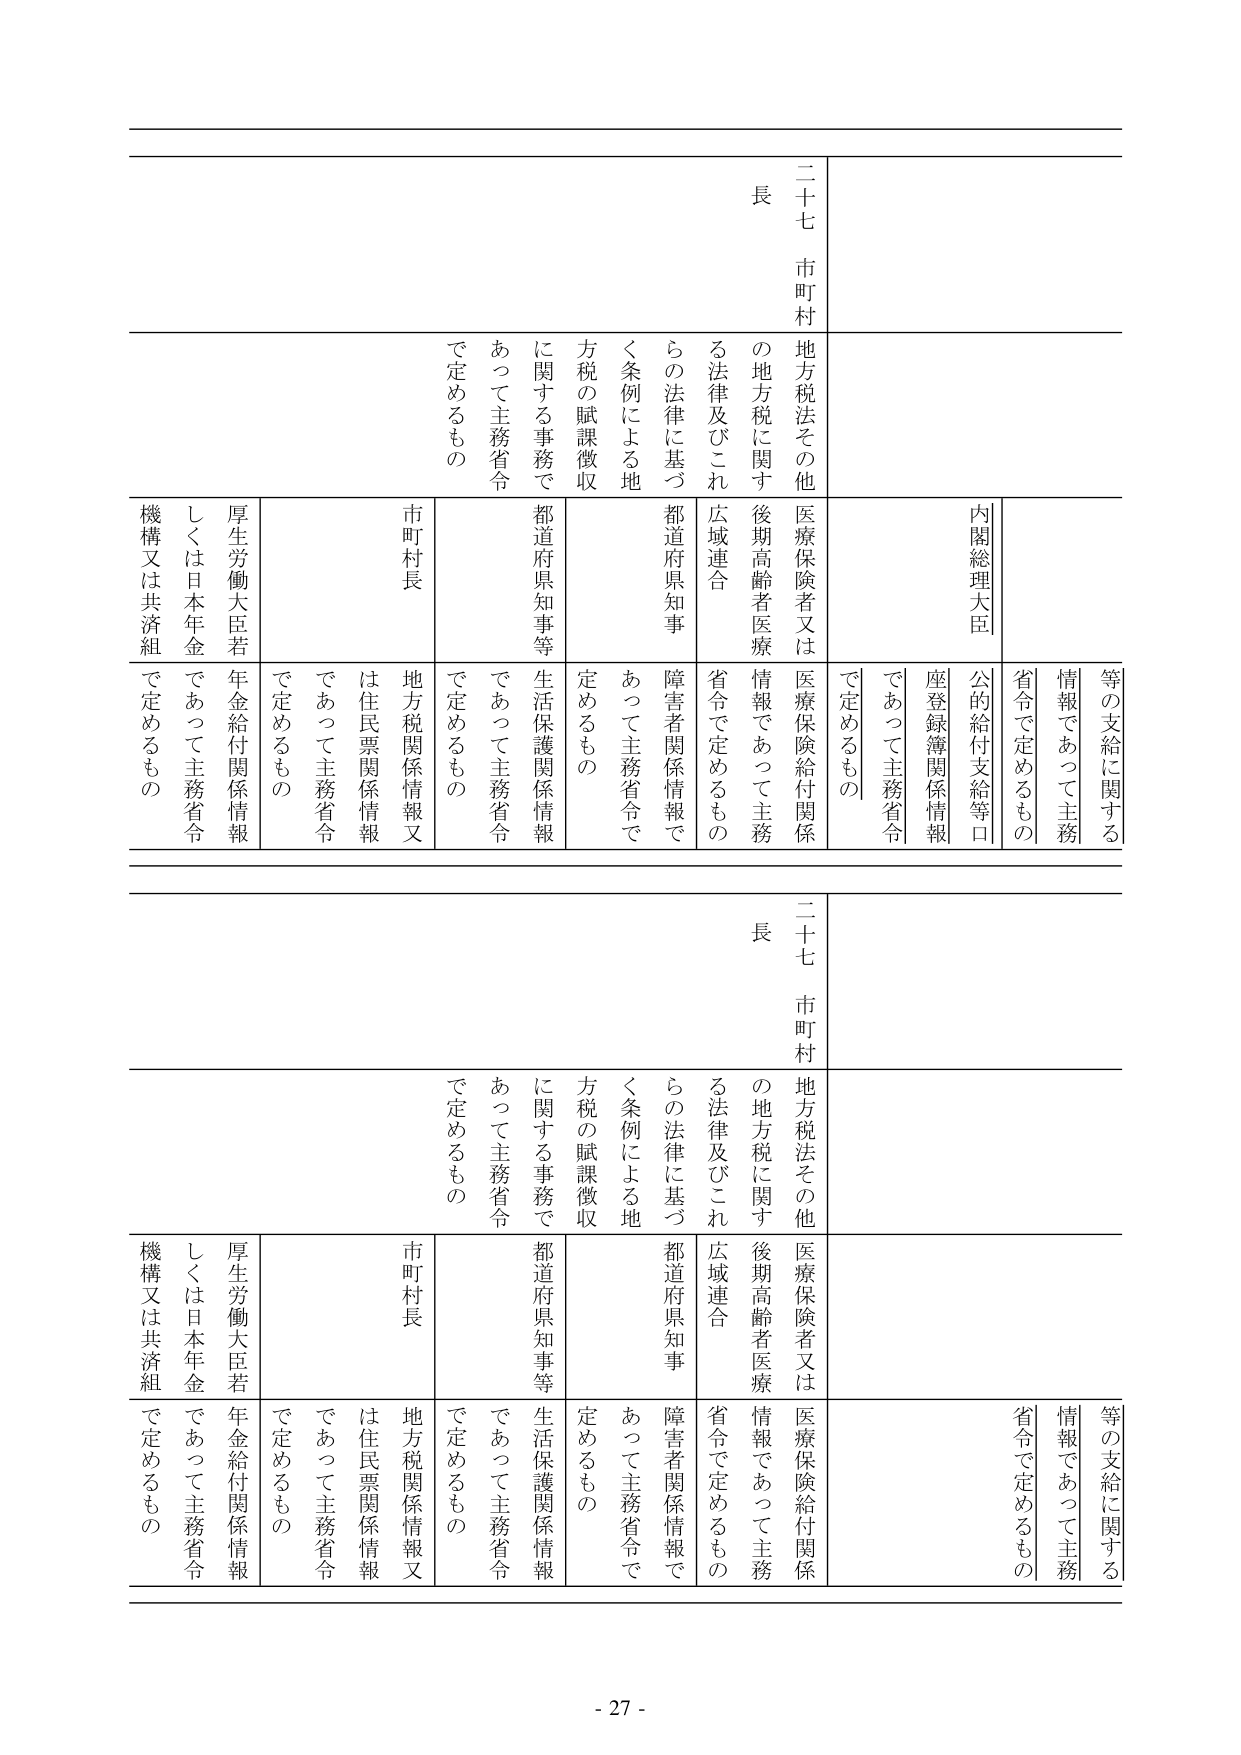
二十七 市町村長
地方税法その他
の地方税に関する法律及びこれらの法律に基づく条例による地方税の賦課徴収に関する事務で
都道府県知事等
あつて主務省令で定めるもの

内閣総理大臣
等の支給に関する情報であつて主務省令で定めるもの
公的給付支給等口座登録簿関係情報であつて主務省令で定めるもの
医療保険者又は後期高齢者医療広域連合
医療保険給付関係情報であつて主務省令で定めるもの
障害者関係情報であつて主務省令で定めるもの
生活保護関係情報であつて主務省令で定めるもの
市町村長
地方税関係情報又は住民票関係情報であつて主務省令で定めるもの
厚生労働大臣若しくは日本年金機構又は共済組
年金給付関係情報であつて主務省令で定めるもの

二十七 市町村長
地方税法その他
の地方税に関する法律及びこれらの法律に基づく条例による地方税の賦課徴収に関する事務で
都道府県知事等
あつて主務省令で定めるもの

内閣総理大臣
等の支給に関する情報であつて主務省令で定めるもの
公的給付支給等口座登録簿関係情報であつて主務省令で定めるもの
医療保険者又は後期高齢者医療広域連合
医療保険給付関係情報であつて主務省令で定めるもの
障害者関係情報であつて主務省令で定めるもの
生活保護関係情報であつて主務省令で定めるもの
市町村長
地方税関係情報又は住民票関係情報であつて主務省令で定めるもの
厚生労働大臣若しくは日本年金機構又は共済組
年金給付関係情報であつて主務省令で定めるもの

- 27 -